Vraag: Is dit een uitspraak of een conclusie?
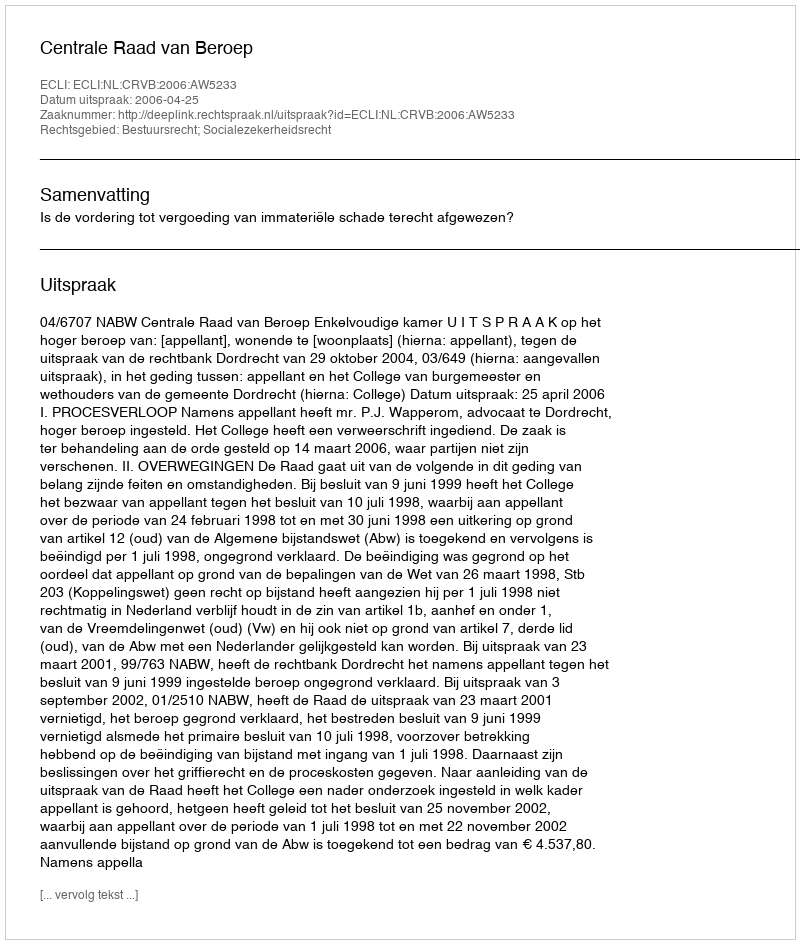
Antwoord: Uitspraak